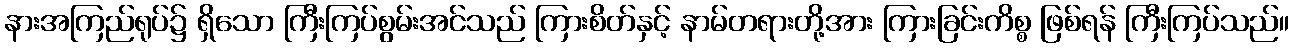
နားအကြည်ရုပ်၌ ရှိသော ကြီးကြပ်စွမ်းအင်သည် ကြားစိတ်နှင့် နာမ်တရားတို့အား ကြားခြင်းကိစ္စ ဖြစ်ရန် ကြီးကြပ်သည်။